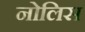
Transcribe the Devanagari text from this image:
नोलिस